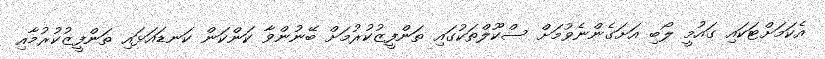
އެކަމަށްޓަކައި ގައުމީ ލޯބި އަށަގެންނެވުމަށް ސްކޫލްތަކުގައި ތަންފީޒުކުރުމަށް ބޭނުންވާ ކަންކަން ކަނޑައަޅައި ތަންފީޒުކުރުމާއި